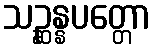
သဉ္ဆန္နပတ္တော